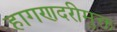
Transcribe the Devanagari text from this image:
हागणदरीमुक्त